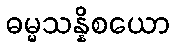
ဓမ္မသန္နိစယော